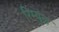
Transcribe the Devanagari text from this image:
रिम्युल